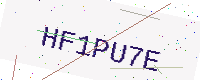
Text: HF1PU7E